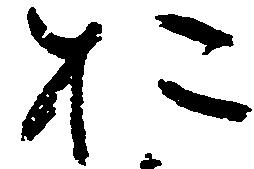
於